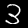
Digit: 3